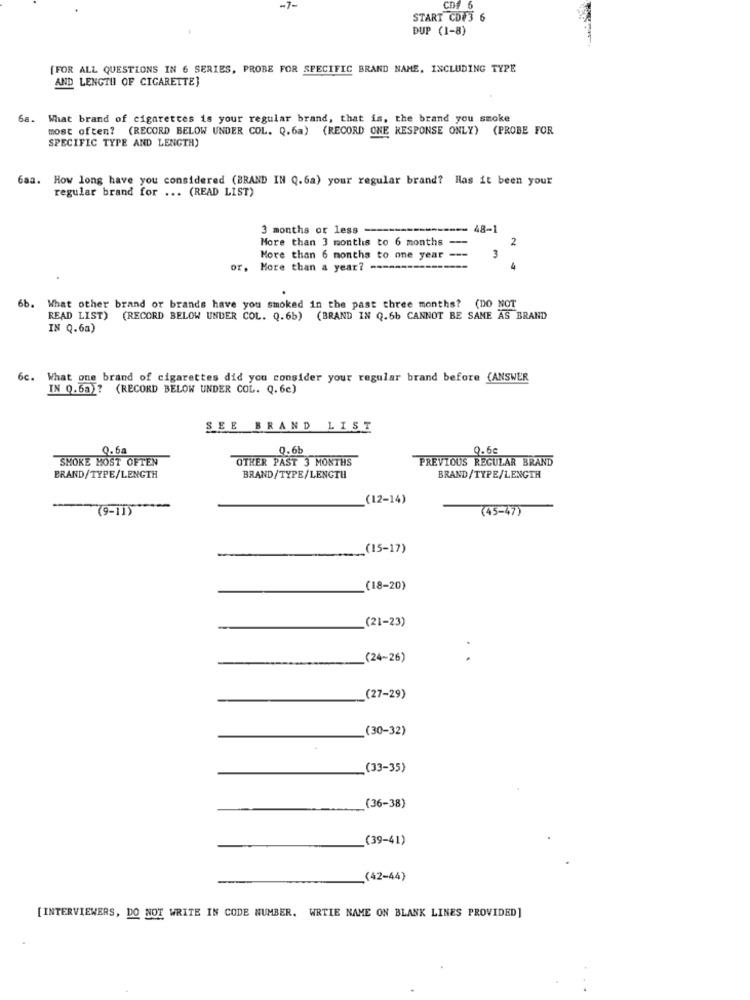
f 6
START CD#3 6
DUP (1-8)
[FOR ALL QUESTIONS IN 6 SERIES, PROBE FOR SPECIFIC BRAND NAME, INCLUDING TYPE
AND LENGTH OF CIGARETTE}
6.a.
What brand of cigarettes is your regular brand, that is, the brand you smoke
most often? (RECORD BELOW UNDER COL. Q.6a) (RECORD ONE RESPONSE ONLY) (PROBE FOR
SPECIFIC TYPE AND LENGTH)
Gaa. How long have you considered (BRAND IN Q.6a) your regular brand? Has it been your
regular brand for ... (READ LIST)
3 months or less -
48-1
More than 3 monthis to 6 months
2
3
More than 6 months to one year
or, More than a year? ---
.
6b.
What other brand or brands have you smoked in the past three months? (DO NOT
READ LIST) (RECORD BELOW UNDER COL. Q.6b) (BRAND IN Q.6b CANNOT BE SAME AS BRAND
IN Q.6a)
6c.
What one brand of cigarettes did you consider your regular brand before (ANSWER
IN 0.5a)? (RECORD BELOW UNDER COL. Q.6c)
SEE BRAND LIST
0.5a
0.6b
0.6e
SMOKE MOST OFTEN
OTHER PAST 3 MONTHS
PREVIOUS REGULAR BRAND
BRAND/TYPE/LENGTH
BRAND/TYPE/LENGTH
BRAND/TYPE/LENGTH
(12-14)
(9-11) ***-
(45-47)
.. (15-17)
(18-20)
(21-23)
(24-26)
..
(27-29)
(30-32)
(33-35)
(36-38)
(39-41)
(42-44)
[INTERVIEWERS, DO NOT WRITE IN CODE NUMBER. WRTIE NAME ON BLANK LINES PROVIDED]